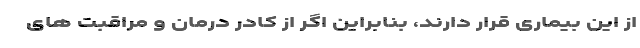
از این بیماری قرار دارند، بنابراین اگر از کادر درمان و مراقبت های